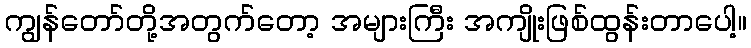
ကျွန်တော်တို့အတွက်တော့ အများကြီး အကျိုးဖြစ်ထွန်းတာပေါ့။